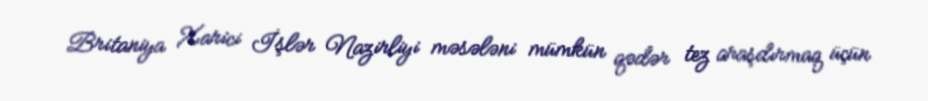
Britaniya Xarici İşlər Nazirliyi məsələni mümkün qədər tez araşdırmaq üçün